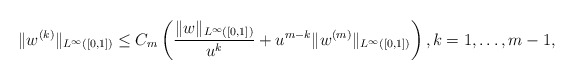
\begin{align*}\|w^{(k)}\|_{L^{\infty}([0,1])} \leq C_m \left( \frac{\|w\|_{L^{\infty}([0,1])}}{u^k} + u^{m-k} \|w^{(m)}\|_{L^{\infty}([0,1])} \right), k=1, \dots, m-1,\end{align*}